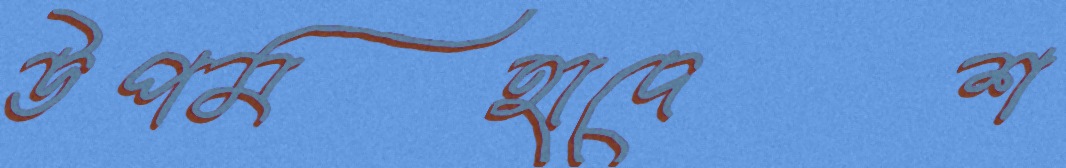
উপমহাদেশ